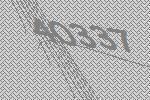
40337